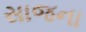
સાજના